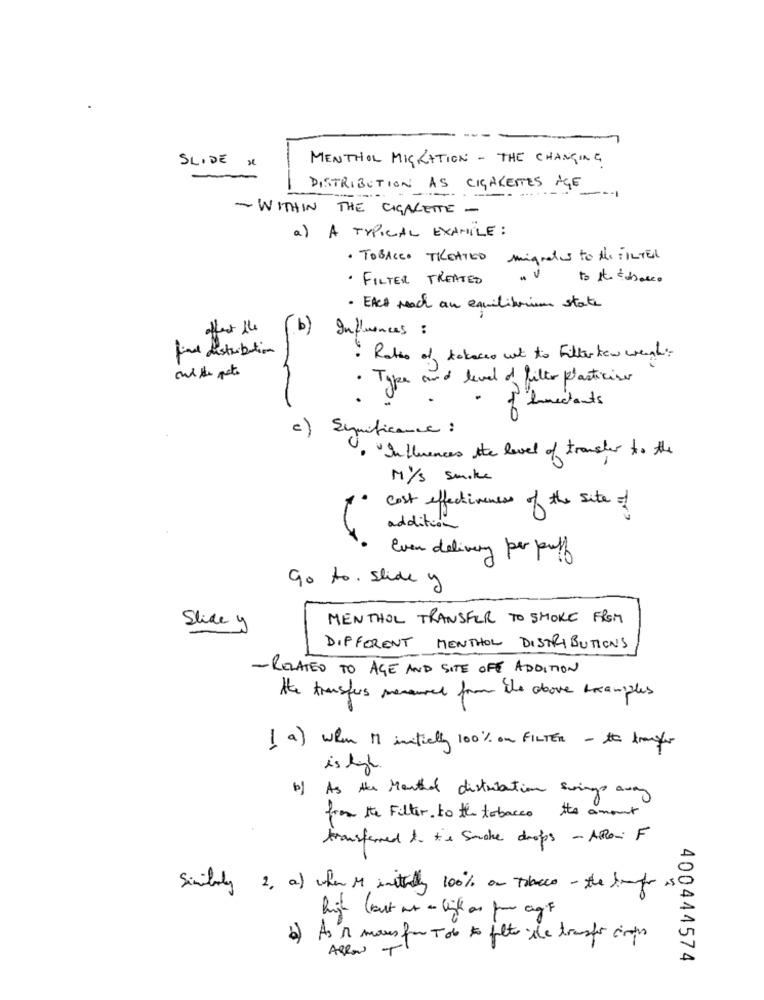
SLIDE X
MENTHOL MIGRATION - THE CHANGING
DISTRIBUTION AS CIGARETTES AGE
- WITHIN THE CIGARETTE -
a) A TYPICAL EXAMPLE :
· TOBACCO TREATED migrates to the FILTER
. FILTER TREATED
to Ate tabasco
· EACH reach an equilibrium state
offert the
b
Influences :
find distribution
· Rates of tobacco wat to Filter few weeks:
· Type and level of filter plasticise
of lunechants
c)
Synificance :
. In therences the level of transfer to the
MY's smoke
cost effectiveness of the site of
addition
Even delivery per puff
Go to . slide y
Slide y
MENTHOL TRANSFER TO SMOKE FROM
DIFFERENT MENTHOL DISTRIBUTIONS
- RELATED TO AGE AND SITE OFF ADDITION
the transfers mensuel from the above examples
( a) when i initially 100% on FILTER - th tranfer
is high
b) As the Monthof distribution swings away
from the Filter to the tobacco the amount
transferred to the Smoke drops - APRon F
Similarly 2. a) when M initially 100% an tracce - the tempo
AS
high ( but at an link as for agif
b) As 1 mars for Tdb to fulto de transfor cions
Allow
400444574